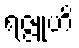
ရဇ္ဇူဟိ